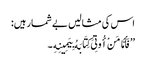
اس کی مثالیں بے شمار ہیں:
’’فَأَمَّا مَنْ أُوتِیَ کِتَابَهُ بِیَمِینِهِ ۔